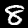
Label: 8